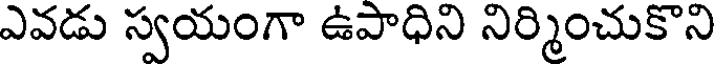
ఎవడు స్వయంగా ఉపాధిని నిర్మించుకొని